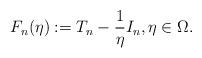
LaTeX: \begin{align*}F_n(\eta) := T_n - \frac{1}{\eta} I_n, \eta \in \Omega.\end{align*}